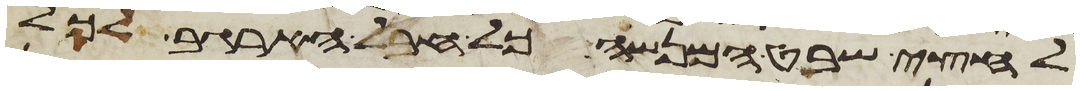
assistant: לחצי שבט המנשה כל חבל הארגב לכל